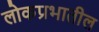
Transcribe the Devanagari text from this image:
लोकप्रभातील